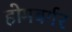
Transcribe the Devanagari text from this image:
होमबर्गर